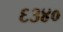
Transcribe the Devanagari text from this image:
६३४०